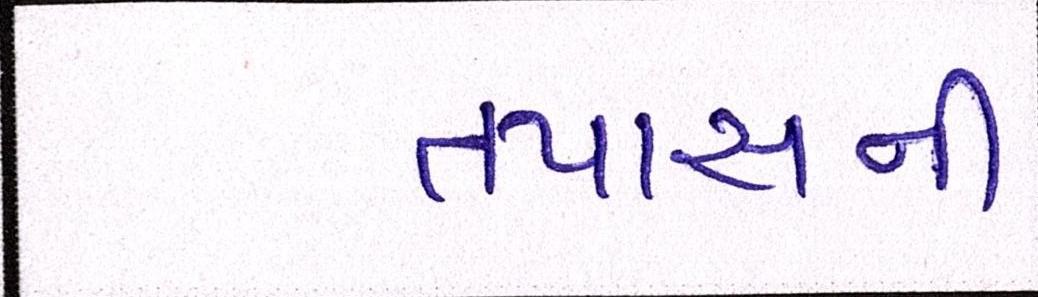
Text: તપાસની